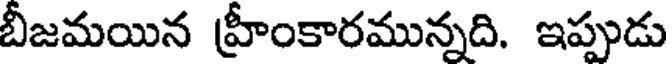
బీజమయిన హ్రీంకారమున్నది. ఇప్పుడు